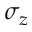
\sigma _ { z }